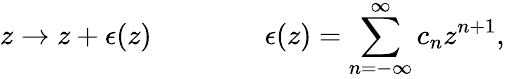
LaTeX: z\rightarrow z+\epsilon(z)\qquad\qquad\epsilon(z)=\sum_{n=-\infty}^{\infty}c_{n}z^{n+1},